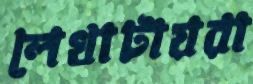
লেখাটায়রা